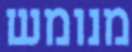
מנומש